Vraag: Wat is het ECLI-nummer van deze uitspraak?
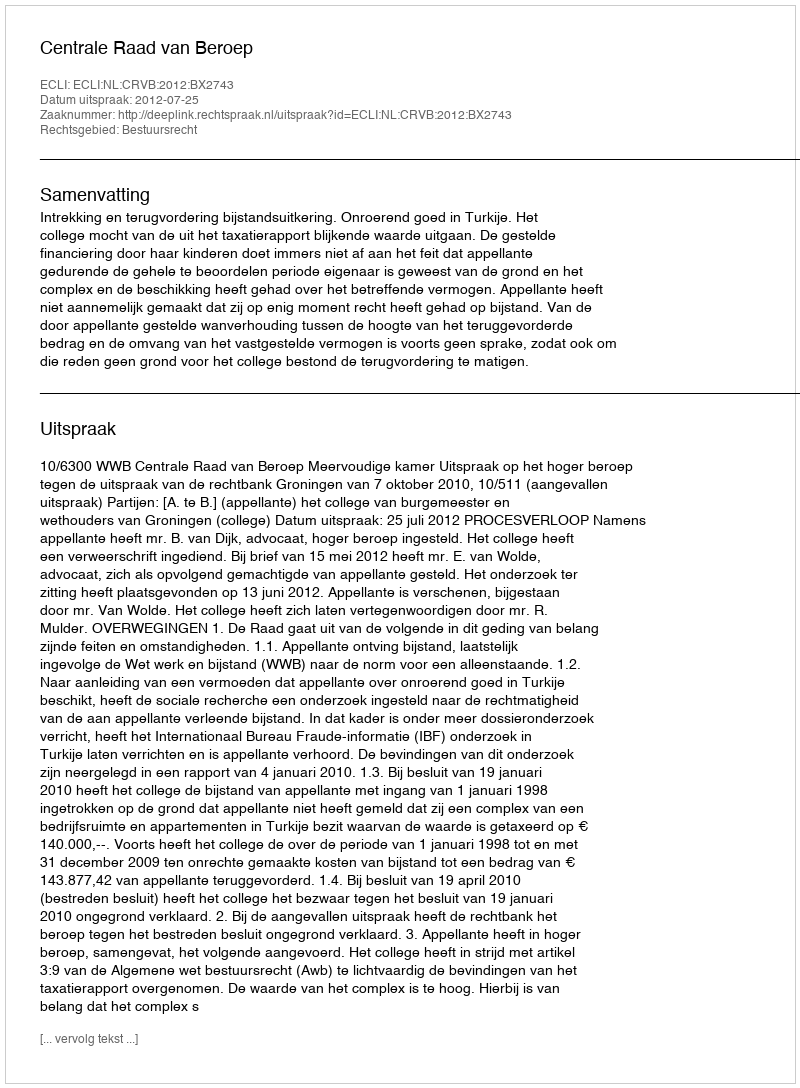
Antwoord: ECLI:NL:CRVB:2012:BX2743